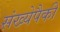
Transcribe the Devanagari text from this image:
संख्येपैकी